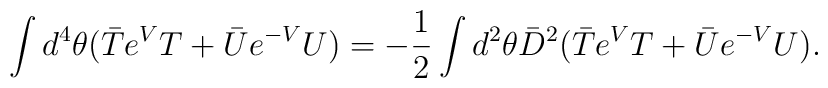
\int d^{4} \theta ( \bar{T} e^{V} T + \bar{U} e^{-V} U ) =        - \frac {1}{2} \int d^{2} \theta \bar{D}^{2} ( \bar{T} e^{V} T +        \bar{U} e^{-V} U ).